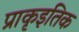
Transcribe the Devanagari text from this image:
प्राकृइतिक